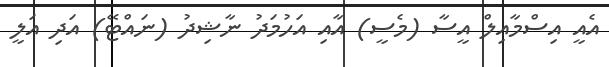
އެއީ އިސްމާއިލް އީސާ (މެސީ) އާއި އަހުމަދު ނާޝިދު (ނައްޓޭ) އަދި އަލީ